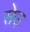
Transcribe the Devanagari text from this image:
सेउ